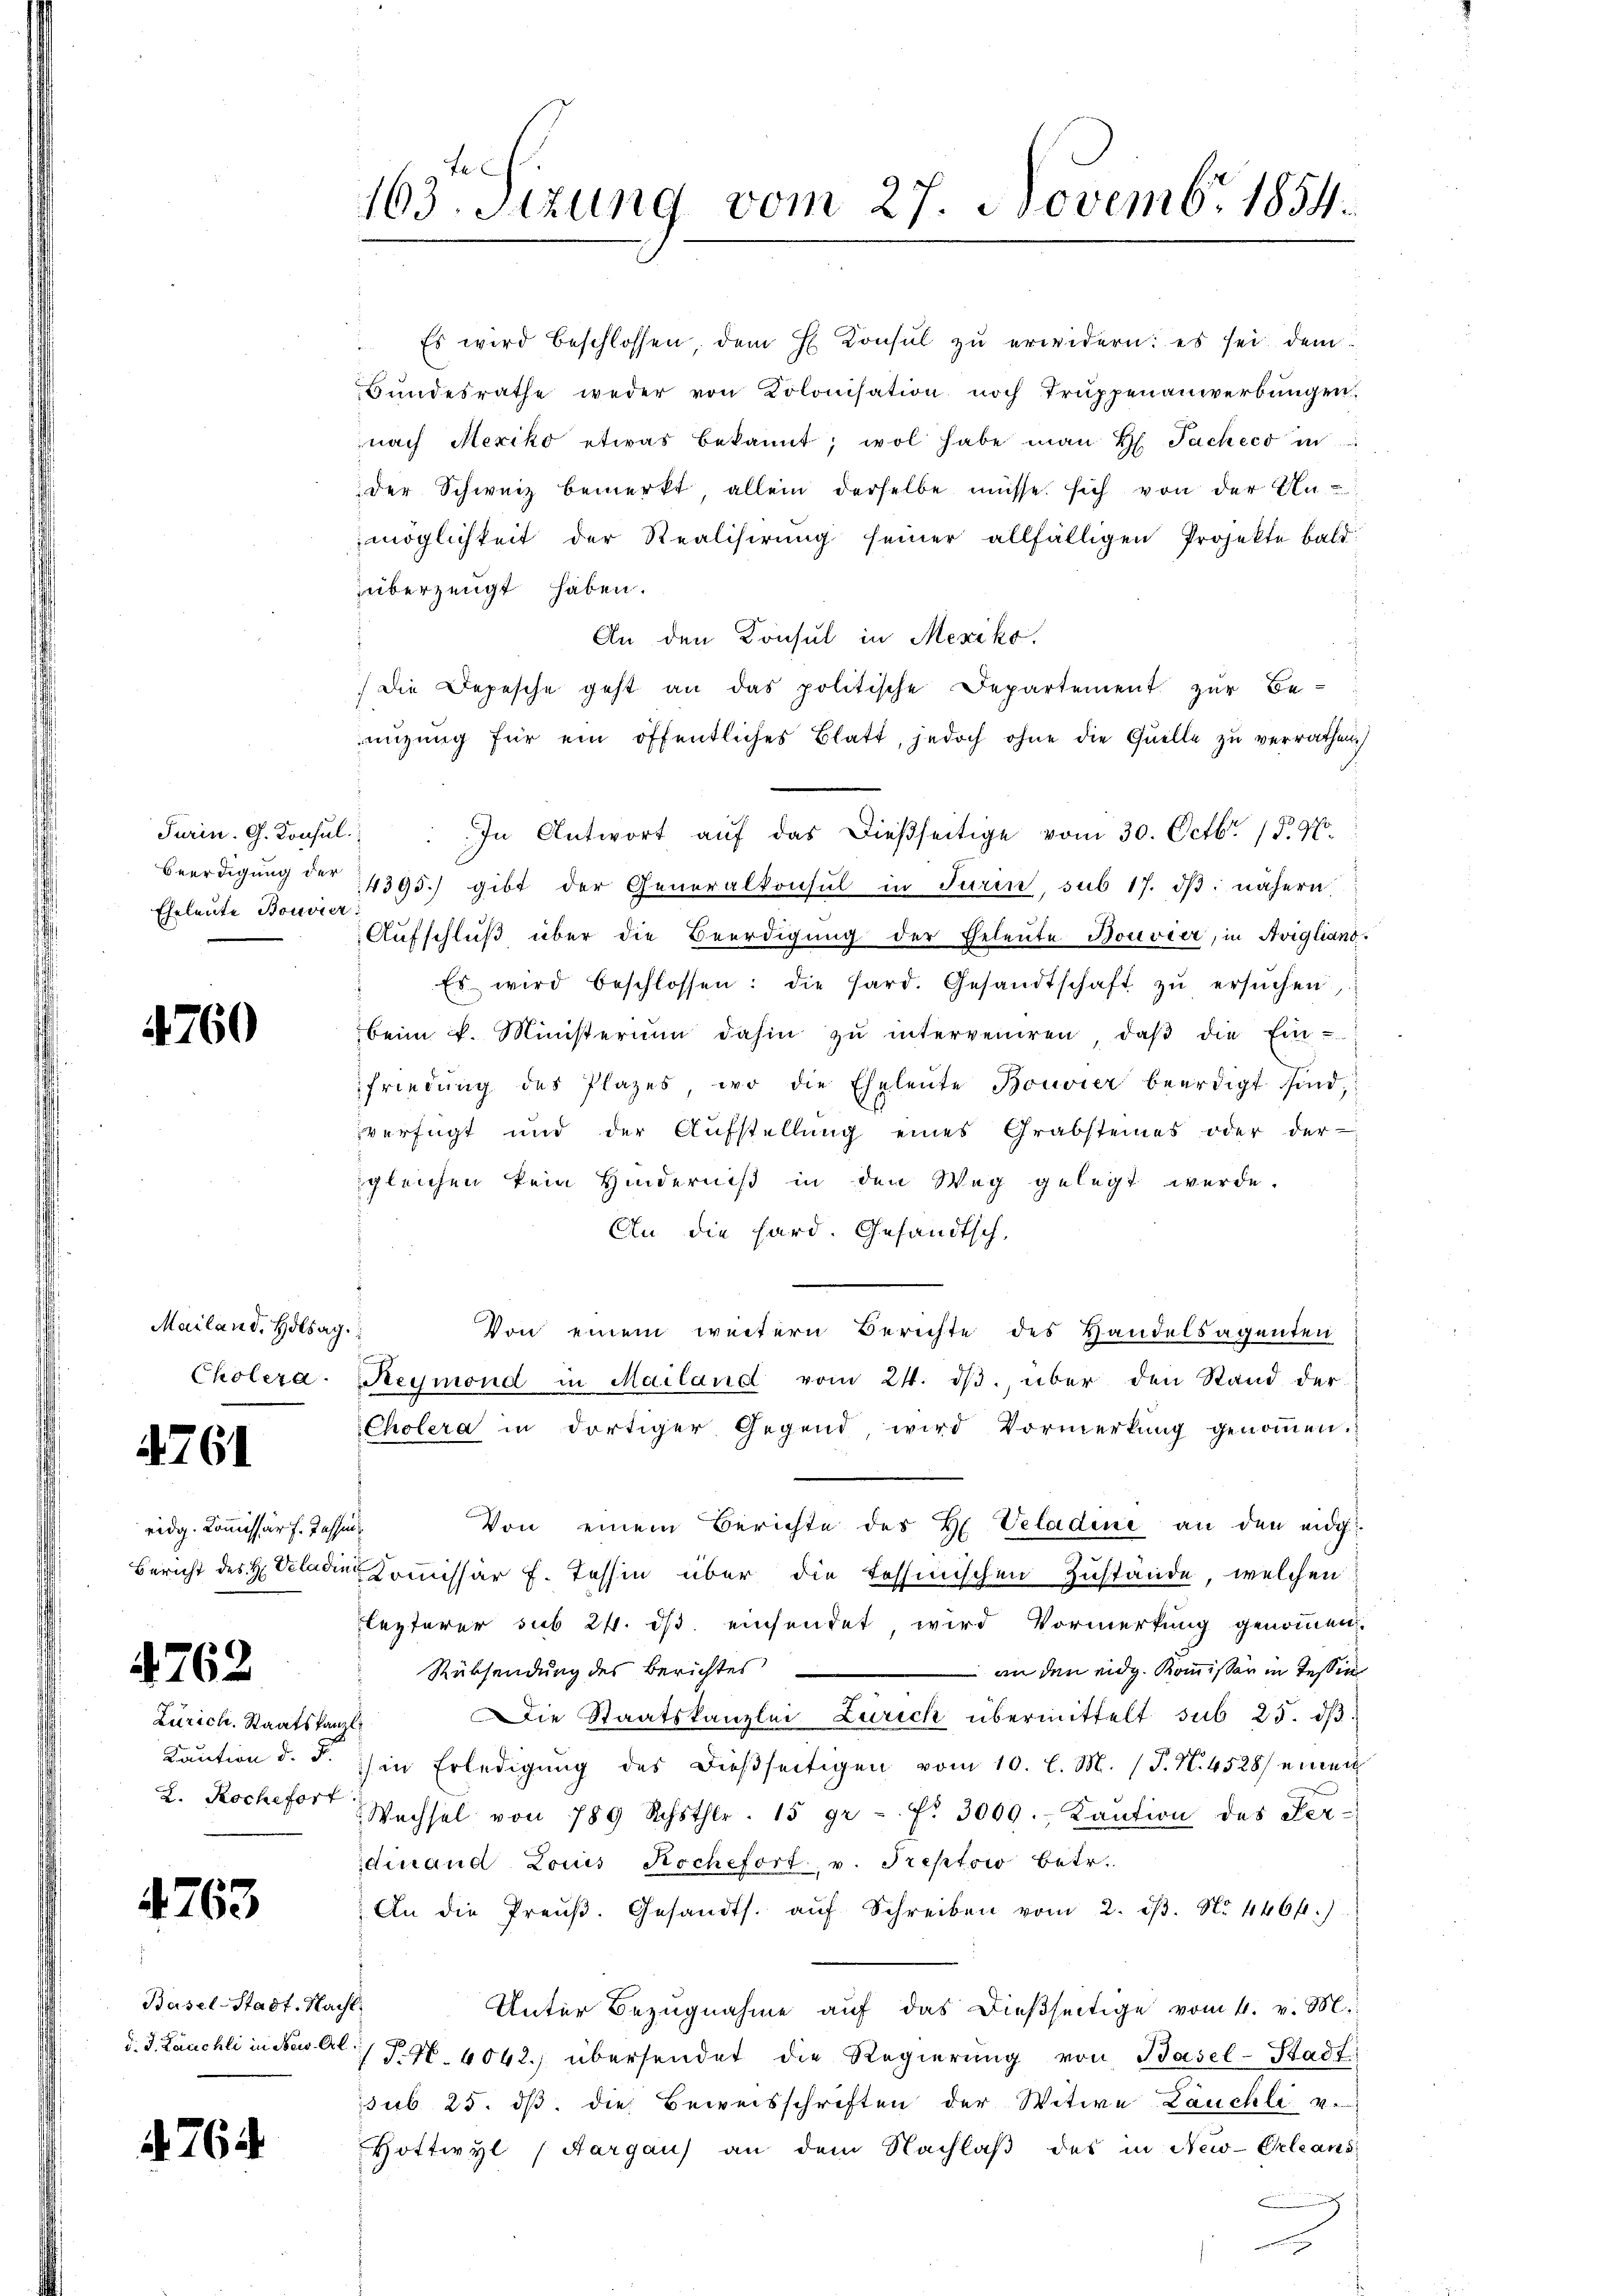
Turin. G. Konsul
Beerdigung der
Eheleute Bouvier

4760

Mailand. Hilsag
Cholera

4761

eidg. Kommissär f. Tasse
Bericht des H. Valadin

4762

Zürich. Staatskan
Kaution d. J.
2. Roche fort

4763

Basel-Stadt, Har
d. J. Lauchli in New. Ort

4764

163. Sizung vom 27. Novemb. 1854.

Es wird beschlossen, dem H. Consul zŭ erwidern: es sei dem
Bundesrathe weder von Kolonisation noch Truppenanwerbungen
nach Mexiko etwas bekannt; wol habe man H. Pacheco in
der Schweiz bemerkt allein derselbe müsse sich von der Anmöglichkeit der Realisirung seiner allfälligen Projekte bald
überzeugt haben.
An den Konsul in Mexiko
die Depesche geht an das politische Departement zur Be-
nizŭng für ein öffentliches Blatt, jedoch ohne die Quelle zu verrathen
4395) gibt der Generalkonsul in Turin, sub 17. dβ. nähern
Aufschluß über die Beerdigung der Eheleute Bouvier, in Avigliano.
Es wird beschlossen: die Hard. Gesandtschaft zŭ ersŭchen
beim u. Ministerium dahin zŭ interveniren, daβ die Ein-
friedung des Plazes, wo die Eheleute Bouvier beerdigt sind,
vverfügt und der Aŭfstellŭng eines Grabsteines oder der
gleichen kein Hinderniß in den Weg gelegt werde.
An die hard. Gesandtsch,
Von einem weitern Berichte des Handelsagenten
Reymond in Mailand vom 24. dβ. über den Stand der
Cholera in dortiger Gegend wird Vormerkŭng genoṁen.
Von einem Berichte des H. Veladene an den eidg
f
Kommissär f. Tessin über die Tessinischen Zustande, welchen
lezterer sub 24. ds. einsendet, wird Vormerkung genommen.
Rücksendung des Berichtes
an den eidg. Kommissär in Tessin
Die Staatskanzlei Zürich übermittelt sub 25. dβ.
.
) in Erledigung des dießseitigen vom 10. l. M. (T. N. 4528) einen
Wechsel von 789 Schöthlr. 15 gr. f. 3000. Kaution des Ver-
dinand Louis Rochefort v. Treptow betr.
An die Preŭβ. Gesandts. aŭf Schreiben vom 2. dβ. N. 446.)
Unter Bezugnahme auf das dießseitige vom 4. v. M.
T.N. 6062. übersendet die Regierung von Basel-Stadt
sub. 25. dβ die Beweisschriften der Witwe Läuchli v.
Hottwyl (Aargau) an dem Nachlaß des in New-Orleans

" In Antwort aŭf das dießseitige vom 30. Octbr. 18. 9.